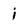
Character: i